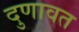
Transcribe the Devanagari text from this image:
दुणावत